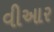
વીઆર